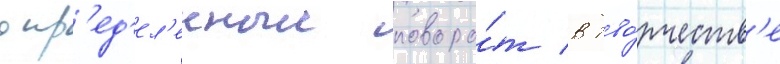
опр'ед'ел'енныи поворо́т в тво́рчеств'е